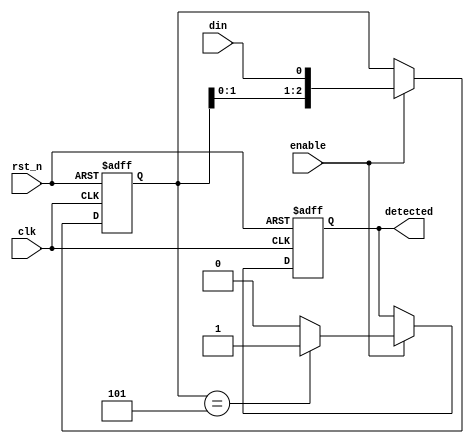
module pattern_detector (
    input wire clk,               // Clock signal
    input wire rst_n,             // Asynchronous active-low reset
    input wire enable,            // Enable signal for detection
    input wire din,               // Input signal to be monitored
    output reg detected           // Output signal indicating detection
);

    // Parameter for the target pattern (e.g., "101")
    parameter TARGET_PATTERN = 3'b101;
    parameter PATTERN_LENGTH = 3; // Length of the target pattern

    // State variables
    reg [PATTERN_LENGTH-1:0] state;   // Current state (shift register for last inputs)
    reg [PATTERN_LENGTH-1:0] pattern_memory; // Memory block to store the target pattern

    // Asynchronous Reset
    always @(posedge clk or negedge rst_n) begin
        if (!rst_n) begin
            state <= 0;
            detected <= 0;
        end else if (enable) begin
            // Shift the previous state and include the current input
            state <= {state[PATTERN_LENGTH-2:0], din};
            // Compare current state to the TARGET_PATTERN
            if (state == TARGET_PATTERN) begin
                detected <= 1;  // Pattern detected
            end else begin
                detected <= 0;  // No match
            end
        end
    end

endmodule